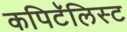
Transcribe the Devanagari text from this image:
कपिटॅलिस्ट